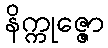
နိက္ကုဇ္ဇော